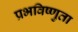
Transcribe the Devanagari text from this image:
प्रभविष्णुता